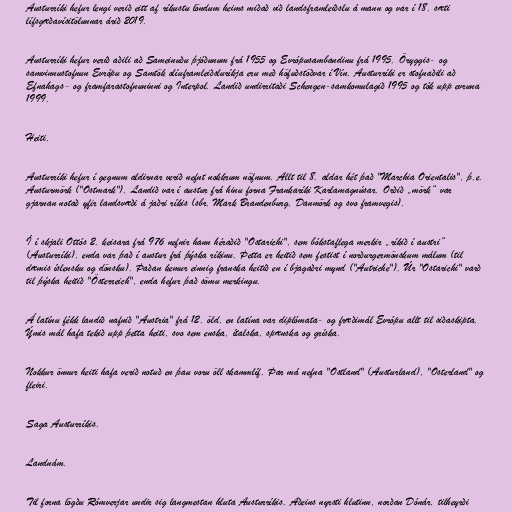
Austurríki hefur lengi verið eitt af ríkustu löndum heims miðað við landsframleiðslu á mann og var í 18. sæti
lífsgæðavísitölunnar árið 2019.

Austurríki hefur verið aðili að Sameinuðu þjóðunum frá 1955 og Evrópusambandinu frá 1995. Öryggis- og
samvinnustofnun Evrópu og Samtök olíuframleiðsluríkja eru með höfuðstöðvar í Vín. Austurríki er stofnaðili að
Efnahags- og framfarastofnuninni og Interpol. Landið undirritaði Schengen-samkomulagið 1995 og tók upp evruna
1999.

Heiti.

Austurríki hefur í gegnum aldirnar verið nefnt nokkrum nöfnum. Allt til 8. aldar hét það "Marchia Orientalis", þ.e.
Austurmörk ("Ostmark"). Landið var í austur frá hinu forna Frankaríki Karlamagnúsar. Orðið „mörk“ var
gjarnan notað yfir landsvæði á jaðri ríkis (sbr. Mark Brandenburg, Danmörk og svo framvegis).

Í í skjali Ottós 2. keisara frá 976 nefnir hann héraðið "Ostarichi", sem bókstaflega merkir „ríkið í austri“
(Austurríki), enda var það í austur frá þýska ríkinu. Þetta er heitið sem festist í norðurgermönskum málum (til
dæmis íslensku og dönsku). Þaðan kemur einnig franska heitið en í bjagaðri mynd ("Autriche"). Úr "Ostarichi" varð
til þýska heitið "Österreich", enda hefur það sömu merkingu.

Á latínu fékk landið nafnið "Austria" frá 12. öld, en latína var diplómata- og fræðimál Evrópu allt til siðaskipta.
Ýmis mál hafa tekið upp þetta heiti, svo sem enska, ítalska, spænska og gríska.

Nokkur önnur heiti hafa verið notuð en þau voru öll skammlíf. Þar má nefna "Ostland" (Austurland), "Osterland" og
fleiri.

Saga Austurríkis.

Landnám.

Til forna lögðu Rómverjar undir sig langmestan hluta Austurríkis. Aðeins nyrsti hlutinn, norðan Dónár, tilheyrði